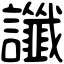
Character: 讖